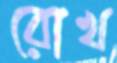
রোখ